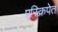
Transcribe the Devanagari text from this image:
एस्क्रिपेत